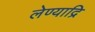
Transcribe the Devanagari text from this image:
लेण्याद्रि